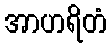
အာဟရိတံ